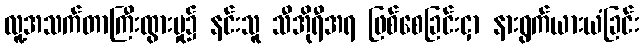
လူ့အသက်တာကြီးထွားမှု၌ နင်းသူ သီအိုရီအရ ဖြစ်စေခြင်းငှာ နားရွက်ယားယံခြင်း